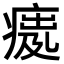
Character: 𤸿